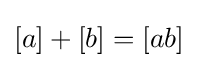
[a]+[b]=[ab]